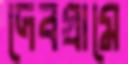
দেবগ্রামে